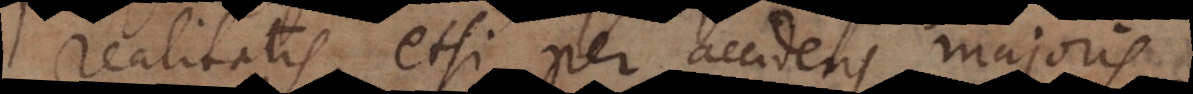
realitatis, etsi per accidens majoris